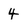
Character: 4